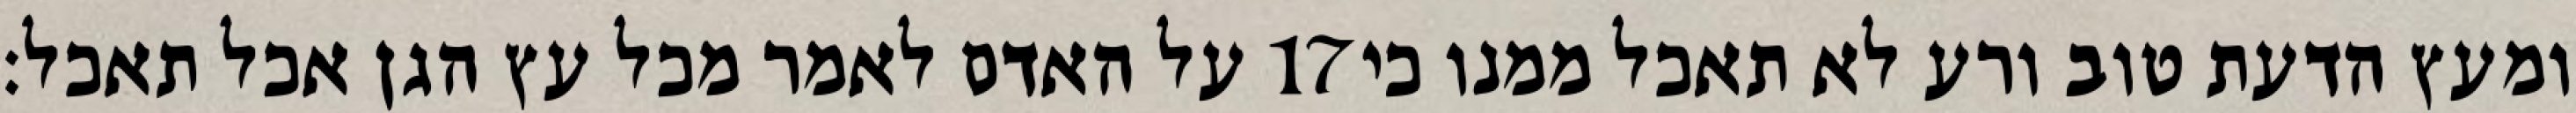
על האדם לאמר מכל עץ הגן אכל תאכל׃ ‎17‏ ומעץ הדעת טוב ורע לא תאכל ממנו כי